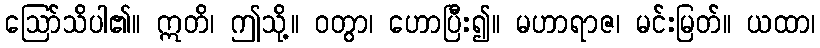
ဩော်သိပါ၏။ ဣတိ၊ ဤသို့။ ဝတွာ၊ ဟောပြီး၍။ မဟာရာဇ၊ မင်းမြတ်။ ယထာ၊